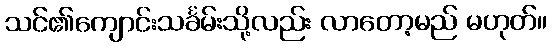
သင်၏ကျောင်းသင်္ခမ်းသို့လည်း လာတော့မည် မဟုတ်။